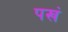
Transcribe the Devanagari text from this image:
पखं